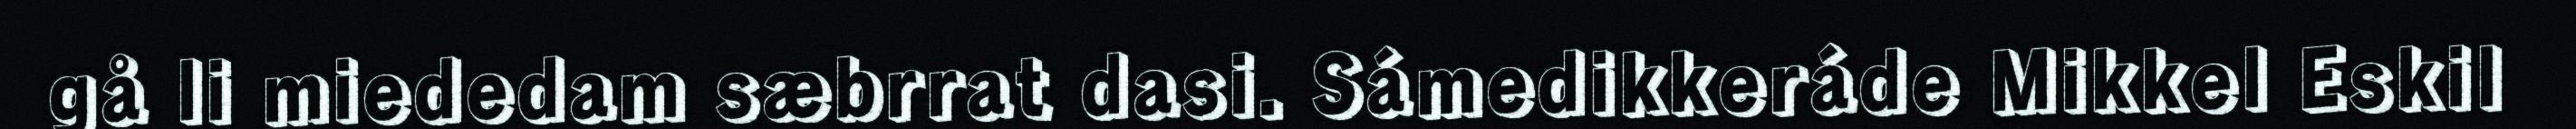
gå li miededam sæbrrat dasi. Sámedikkeráde Mikkel Eskil